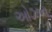
ઓઝન